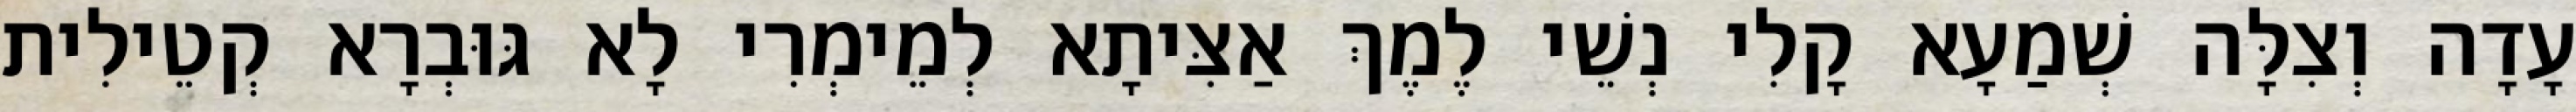
עָדָה וְצִלָּה שְׁמַעָא קָלִי נְשֵׁי לֶמֶךְ אַצִּיתָא לְמֵימְרִי לָא גּוּבְרָא קְטֵילִית